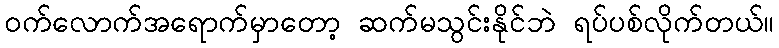
ဝက်လောက်အရောက်မှာတော့ ဆက်မသွင်းနိုင်ဘဲ ရပ်ပစ်လိုက်တယ်။